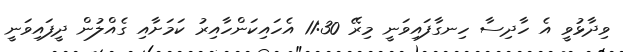
ވިދާޅުވީ އެ ހާދިސާ ހިނގާފައިވަނީ މިރޭ 11:30 އެހައިކަންހާއިރު ކަމަށާއި ގެއްލުން ދީފައިވަނީ